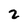
Character: 2